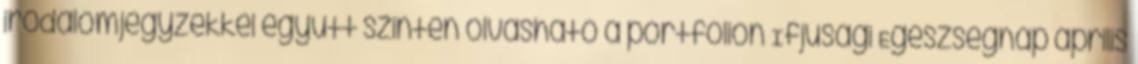
irodalomjegyzékkel együtt szintén olvasható a portfólión Ifjúsági Egészségnap április